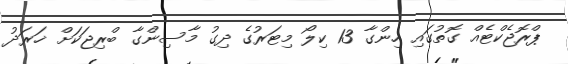
ޕްރޮޖެކްޓެއް ގޮތުގައި ހިންގާ 13 ކިލޯ މިޓަރުގެ ދިގު މާސިންގާ ބްރިޖަކަށް ޚަރަދު